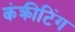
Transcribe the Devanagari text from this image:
कंक्रीटिंग